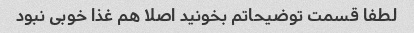
لطفا قسمت توضیحاتم بخونید اصلا هم غذا خوبی نبود